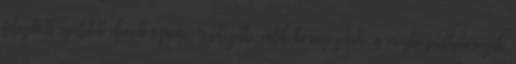
felújított épületek elemek száma, rendezetté válik környezetük, a megközelíthetőségük